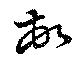
頓